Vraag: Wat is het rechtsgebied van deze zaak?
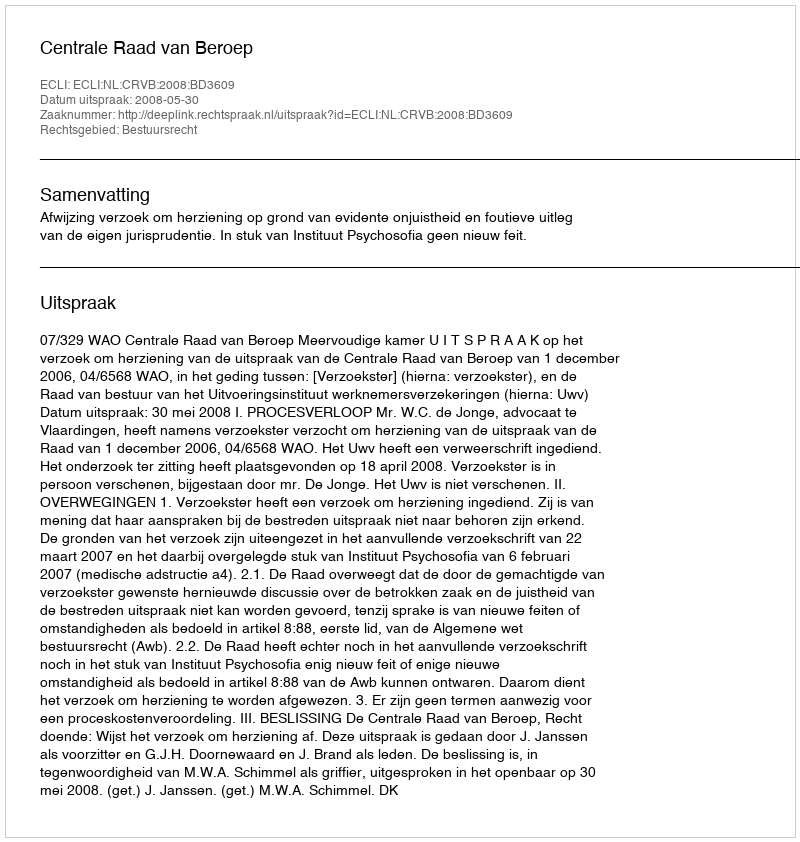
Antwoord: Bestuursrecht